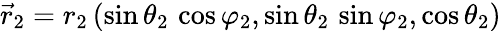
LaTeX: \vec{r}_{2}=r_{2}\, (\sin\theta_{2}\, \cos\varphi_{2},\sin\theta_{2}\, \sin\varphi_{2},\cos\theta_{2})